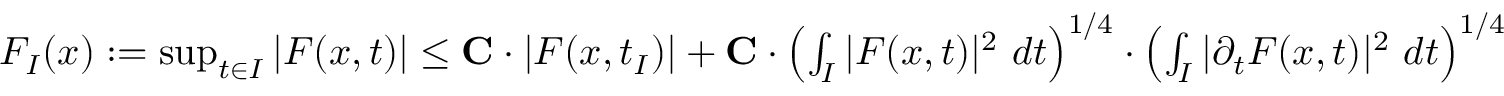
\begin{array} { r } { F _ { I } ( x ) \mathrel { \mathop : } = \operatorname* { s u p } _ { t \in I } | F ( x , t ) | \leq \mathbf { C } \cdot | F ( x , t _ { I } ) | + \mathbf { C } \cdot \left( \int _ { I } | F ( x , t ) | ^ { 2 } \ d t \right) ^ { 1 / 4 } \cdot \left( \int _ { I } | \partial _ { t } F ( x , t ) | ^ { 2 } \ d t \right) ^ { 1 / 4 } } \end{array}